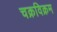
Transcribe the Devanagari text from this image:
चक्रविक्रम